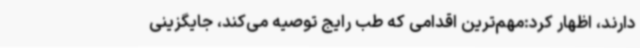
دارند، اظهار کرد:مهم‌ترین اقدامی که طب رایج توصیه می‌کند، جایگزینی